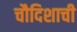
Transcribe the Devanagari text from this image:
चौदिशाची